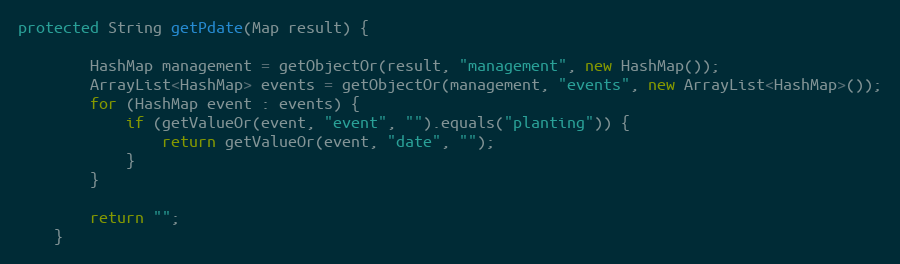
Language: Java
protected String getPdate(Map result) {

        HashMap management = getObjectOr(result, "management", new HashMap());
        ArrayList<HashMap> events = getObjectOr(management, "events", new ArrayList<HashMap>());
        for (HashMap event : events) {
            if (getValueOr(event, "event", "").equals("planting")) {
                return getValueOr(event, "date", "");
            }
        }

        return "";
    }